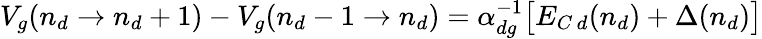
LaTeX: V_{g}(n_{d}\to n_{d}+1)-V_{g}(n_{d}-1\to n_{d})=\alpha_{dg}^{-1}\big[E_{C\, d}(n_{d})+\Delta(n_{d})\big]